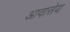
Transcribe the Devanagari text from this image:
आवासेय